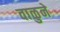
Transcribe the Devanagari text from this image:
वाळुने